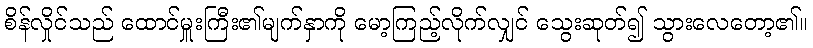
စိန်လှိုင်သည် ထောင်မှူးကြီး၏မျက်နှာကို မော့ကြည့်လိုက်လျှင် သွေးဆုတ်၍ သွားလေတော့၏။